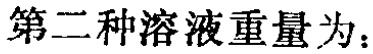
第二种溶液重量为：